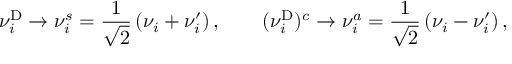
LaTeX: \nu _ { i } ^ { \mathrm { D } } \to \nu _ { i } ^ { s } = \frac { 1 } { \sqrt 2 } \left( \nu _ { i } + \nu _ { i } ^ { \prime } \right) , \qquad ( \nu _ { i } ^ { \mathrm { D } } ) ^ { c } \to \nu _ { i } ^ { a } = \frac { 1 } { \sqrt 2 } \left( \nu _ { i } - \nu _ { i } ^ { \prime } \right) ,